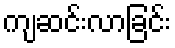
ကျဆင်းလာခြင်း